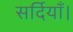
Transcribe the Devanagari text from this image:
सर्दियाँ।